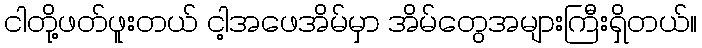
ငါတို့ဖတ်ဖူးတယ် ငါ့အဖေအိမ်မှာ အိမ်တွေအများကြီးရှိတယ်။